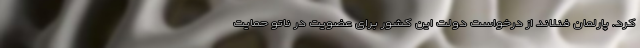
کرد. پارلمان فنلاند از درخواست دولت این کشور برای عضویت در ناتو حمایت